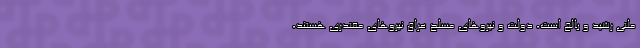
ملتی رشید و بالغ است، دولت و نیروهای مسلح عراق نیروهای مقتدری هستند،